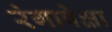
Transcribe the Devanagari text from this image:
रंगापेक्षा